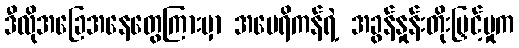
ဒီလိုအခြေအနေတွေကြားမှာ အမေရိကန်ရဲ့ အခွန်နှုန်းတိုးမြှင့်မှုက